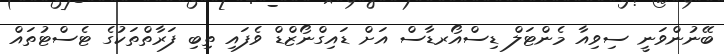
ބޭނުންވަނީ ސިވިއާ މެންޓަލް ޑިސްއޯރޑާސް އަށް ޑައިގްނޯޒްޑް ވެފައި ތިބި ފަރާތްތަކުގެ ޓެސްޓުތައް